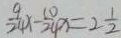
\frac { 9 } { 2 4 } x - \frac { 1 0 } { 2 4 } x = 2 \frac { 1 } { 2 }